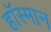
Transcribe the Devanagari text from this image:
हॉस्मान